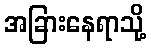
အခြားနေရာသို့